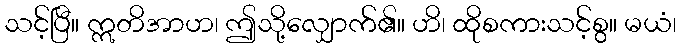
သင့်ပြီ။ ဣတိအာဟ၊ ဤသို့လျှောက်၏။ ဟိ၊ ထိုစကားသင့်စွ။ မယံ၊